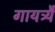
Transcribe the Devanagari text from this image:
गायत्र्यै